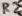
Text: R2